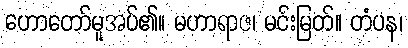
ဟောတော်မူအပ်၏။ မဟာရာဇ၊ မင်းမြတ်။ တံပန၊